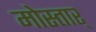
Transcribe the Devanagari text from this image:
मोस्तार्